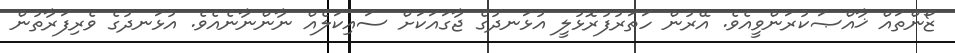
ޒޯންތައް ޚާއްޞަކުރަންވީއެވެ. އޭރުން ހަތަރުފުރޮޅުލީ އުޅަނދުގެ ޖާގައަކަށް ސައިކަލެއް ނާންނާނެއެވެ. އުޅަނދުގެ ވެރިފަރާތުން